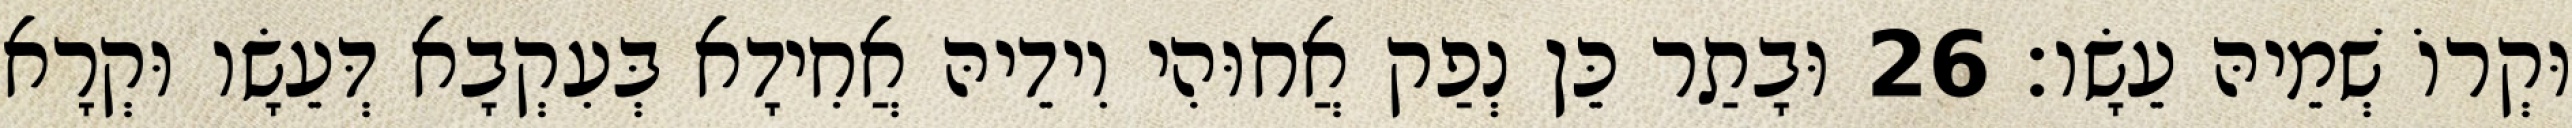
וּקְרוֹ שְׁמֵיהּ עֵשָׂו׃ 26 וּבָתַר כֵּן נְפַק אֲחוּהִי וִידֵיהּ אֲחִידָא בְּעִקְבָא דְּעֵשָׂו וּקְרָא